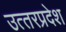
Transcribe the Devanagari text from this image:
उत्‍तरप्रदेश